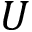
U